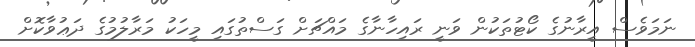
ނަމަވެސް އީރާނުގެ ކޯޓުތަކުން ވަނީ ރައިހާނާގެ މައްޗަށް ގަސްތުގައި މީހަކު މަރާލުމުގެ ދަޢުވާކޮށް